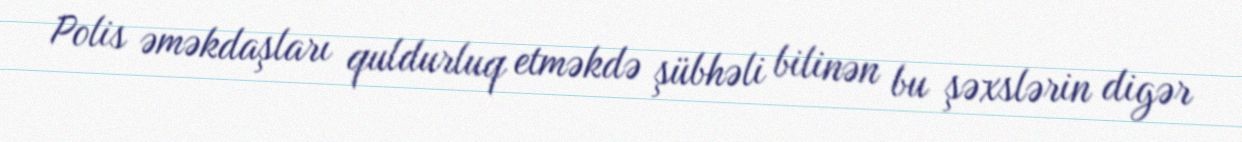
Polis əməkdaşları quldurluq etməkdə şübhəli bilinən bu şəxslərin digər